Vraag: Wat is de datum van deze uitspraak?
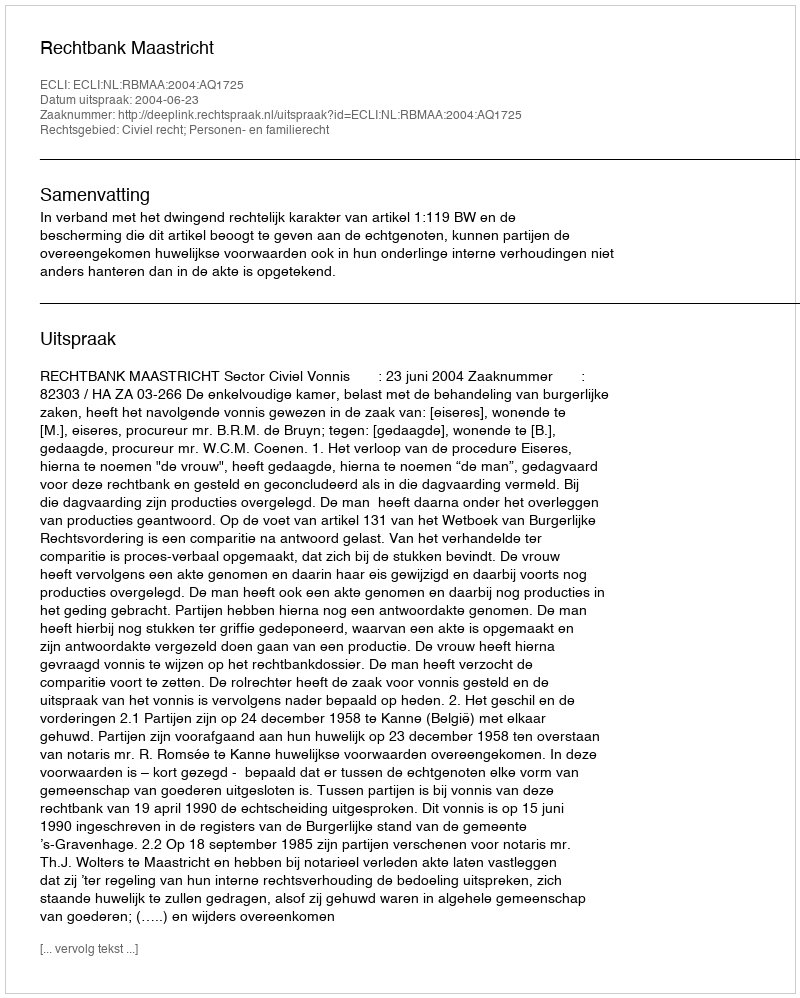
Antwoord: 2004-06-23